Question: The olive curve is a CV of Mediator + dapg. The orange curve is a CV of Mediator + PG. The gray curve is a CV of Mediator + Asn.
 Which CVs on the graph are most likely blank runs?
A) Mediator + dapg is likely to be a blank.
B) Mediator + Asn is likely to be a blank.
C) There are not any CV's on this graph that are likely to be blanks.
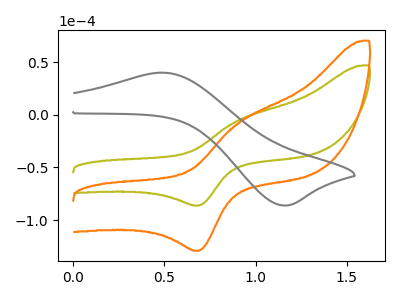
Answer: <think>The olive curve "Mediator + dapg" has an anodic peak at (0.90V, -4.65uA) and a cathodic peak at (0.70V, -86.15uA). The orange curve "Mediator + PG" has an anodic peak at (0.90V, -6.95uA) and a cathodic peak at (0.70V, -129.10uA). The gray curve "Mediator + Asn" has an anodic peak at (0.50V, 40.10uA) and a cathodic peak at (1.15V, -86.05uA).</think>
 <answer>C) There are not any CV's on this graph that are likely to be blanks.</answer>
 <eval>C</eval>